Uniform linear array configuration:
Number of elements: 4
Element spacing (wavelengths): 0.25
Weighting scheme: hamming
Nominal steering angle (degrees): -30
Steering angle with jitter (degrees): -29.392
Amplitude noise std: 0.05
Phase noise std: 0.05

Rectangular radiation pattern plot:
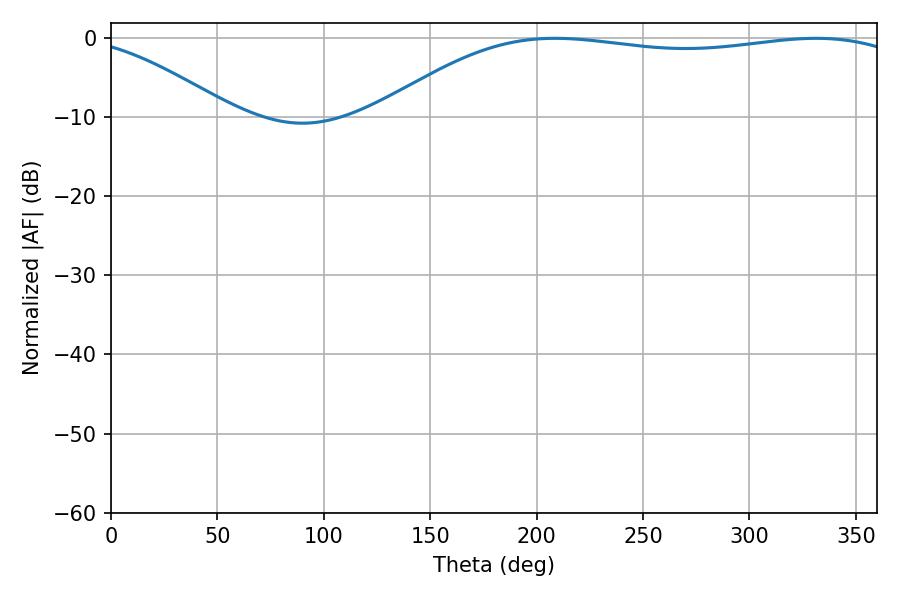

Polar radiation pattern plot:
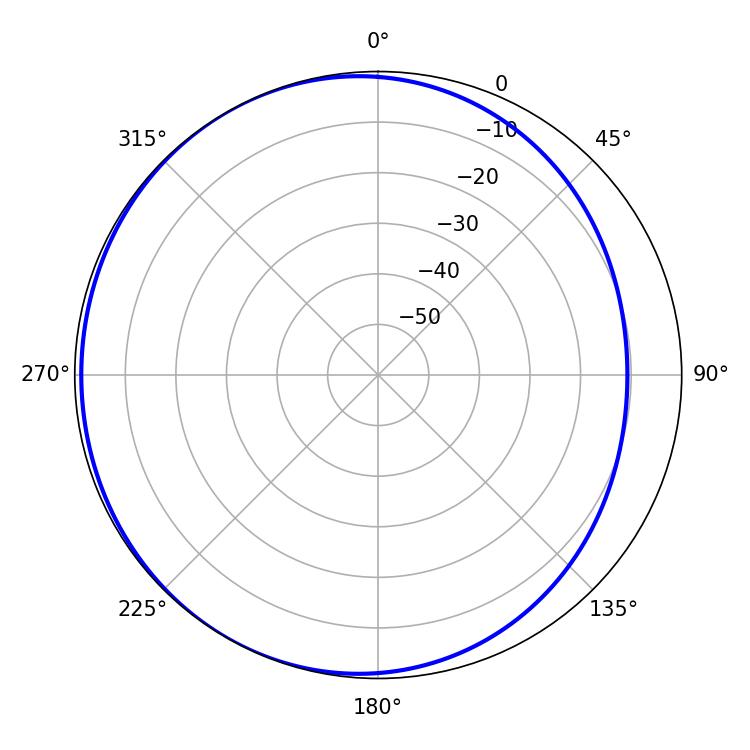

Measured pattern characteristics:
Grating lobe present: FALSE
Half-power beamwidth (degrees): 198.72
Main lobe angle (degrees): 208.62